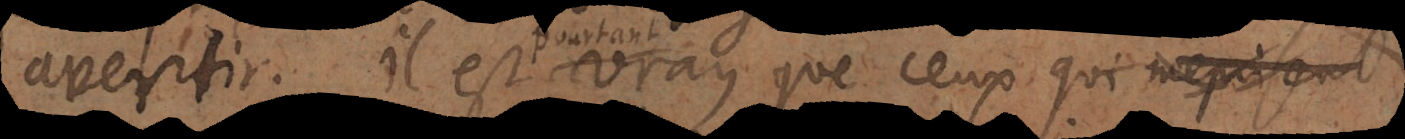
avertir. Il est vray que ceux qui méprisent